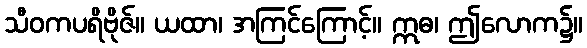
သီဝကပရိဗိုဇ်။ ယထာ၊ အကြင်ကြောင့်။ ဣဓ၊ ဤလောက၌။